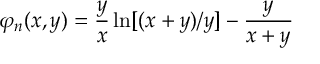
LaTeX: \varphi _ { n } ( x , y ) = \frac { y } { x } \ln [ ( x + y ) / y ] - \frac { y } { x + y }